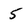
Character: 5